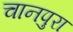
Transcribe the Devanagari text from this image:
चानपुरा